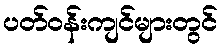
ပတ်ဝန်းကျင်များတွင်